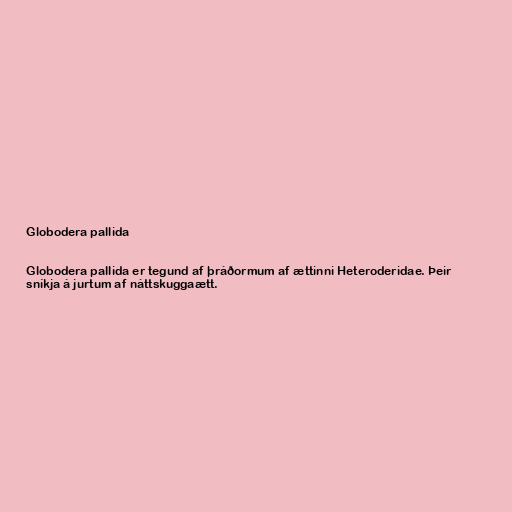
Globodera pallida

Globodera pallida er tegund af þráðormum af ættinni Heteroderidae. Þeir
sníkja á jurtum af náttskuggaætt.